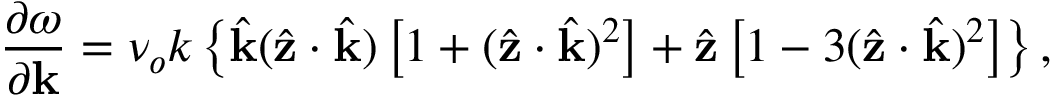
\frac { \partial \omega } { \partial \mathbf { k } } = \nu _ { o } k \left\{ \hat { \mathbf { k } } ( \hat { \mathbf { z } } \cdot \hat { \mathbf { k } } ) \left[ 1 + ( \hat { \mathbf { z } } \cdot \hat { \mathbf { k } } ) ^ { 2 } \right] + \hat { \mathbf { z } } \left[ 1 - 3 ( \hat { \mathbf { z } } \cdot \hat { \mathbf { k } } ) ^ { 2 } \right] \right\} ,